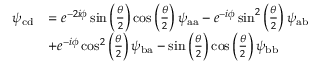
\begin{array} { r l } { \psi _ { \mathrm { c d } } } & { = e ^ { - 2 i \phi } \sin \left( \frac { \theta } { 2 } \right) \cos \left( \frac { \theta } { 2 } \right) \psi _ { \mathrm { a a } } - e ^ { - i \phi } \sin ^ { 2 } \left( \frac { \theta } { 2 } \right) \psi _ { \mathrm { a b } } } \\ & { + e ^ { - i \phi } \cos ^ { 2 } \left( \frac { \theta } { 2 } \right) \psi _ { \mathrm { b a } } - \sin \left( \frac { \theta } { 2 } \right) \cos \left( \frac { \theta } { 2 } \right) \psi _ { \mathrm { b b } } } \end{array}